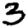
Digit: 3